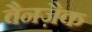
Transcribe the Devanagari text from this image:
वैनज़ैक